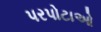
પરપોટાઓ